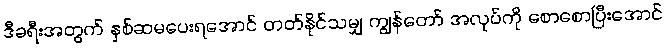
ဒီခရီးအတွက် နှစ်ဆမပေးရအောင် တတ်နိုင်သမျှ ကျွန်တော် အလုပ်ကို စောစောပြီးအောင်